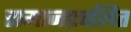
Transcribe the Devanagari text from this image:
समाजप्रचलित